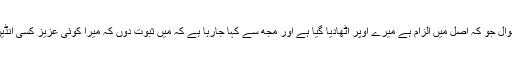
ایک بالکل سیدھا سا سوال جو کہ اصل میں الزام ہے میرے اوپر اٹھادیا گیا ہے اور مجھ سے کہا جارہا ہے کہ میں ثبوت دوں کہ میرا کوئی عزیز کسی انڈین آفیشل سے نہیں ملا۔